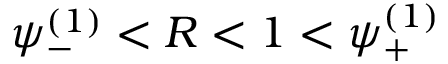
\psi _ { - } ^ { ( 1 ) } < R < 1 < \psi _ { + } ^ { ( 1 ) }